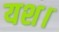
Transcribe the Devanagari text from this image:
यश।